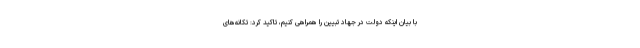
با بیان اینکه دولت در جهاد تبیین را همراهی کنیم، تاکید کرد:‌ تکانه‌های